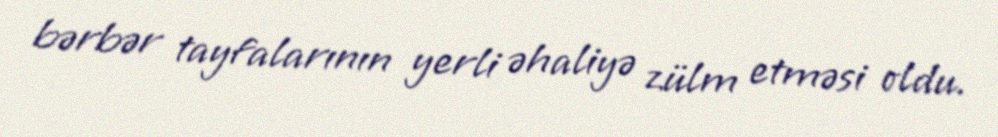
bərbər tayfalarının yerli əhaliyə zülm etməsi oldu.